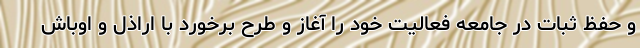
و حفظ ثبات در جامعه فعالیت خود را آغاز و طرح برخورد با اراذل و اوباش